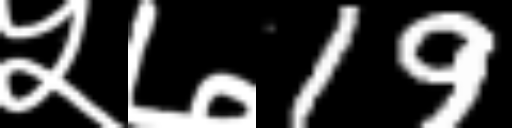
Text: ५७19